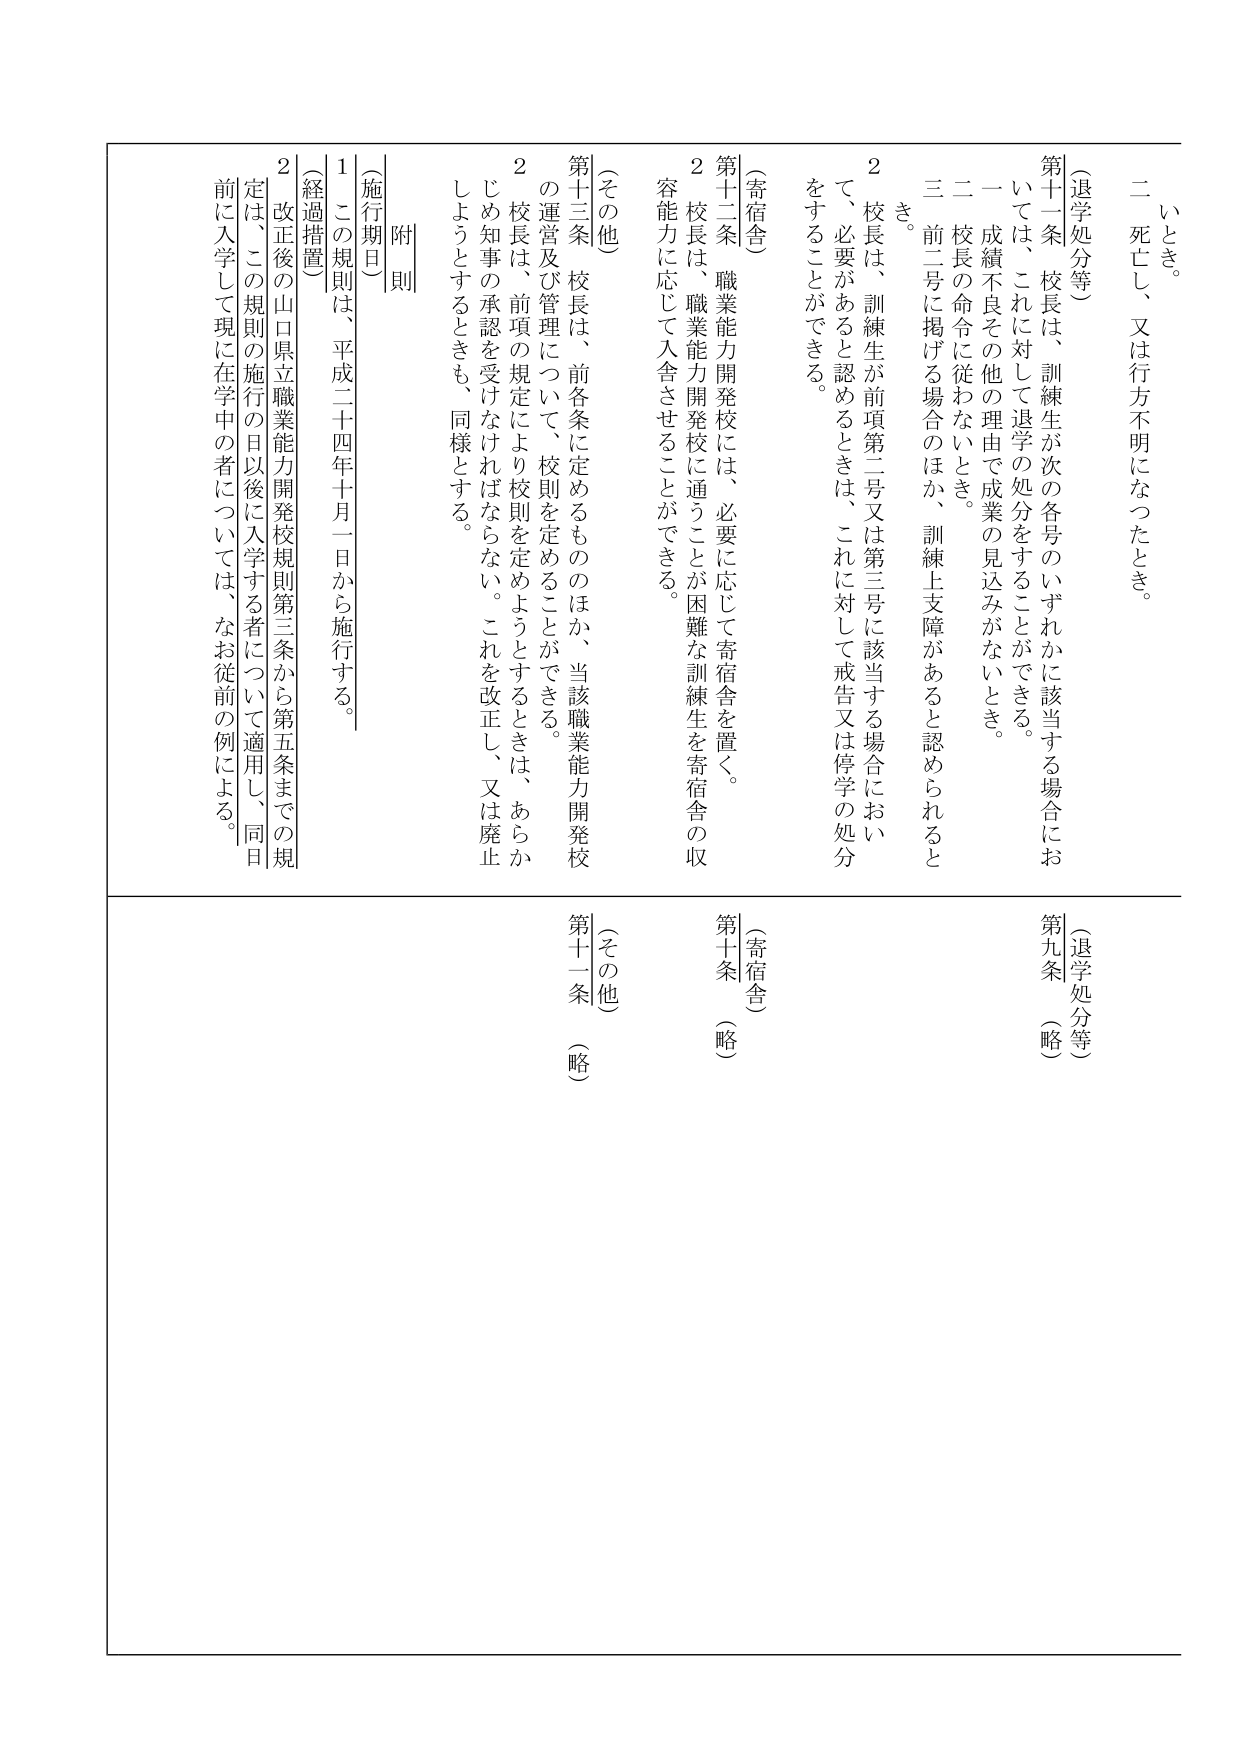
（退学処分等）
第十九条 （略）
（退学処分等）
第十一条 校長は、訓練生が次の各号のいずれかに該当する場合においては、これに対して退学の処分をすることができる。
一 成績不良その他の理由で成業の見込みがないとき。
二 校長の命令に従わないとき。
三 前二号に掲げる場合のほか、訓練上支障があると認められるとき。
２ 校長は、訓練生が前項第二号又は第三号に該当する場合において、必要があると認めるときは、これに対して戒告又は停学の処分をすることができる。

（寄宿舎）
第十二条 職業能力開発校には、必要に応じて寄宿舎を置く。
２ 校長は、職業能力開発校に通うことが困難な訓練生を寄宿舎の収容能力に応じて入舎させることができる。

（その他）
第十三条 校長は、前各条に定めるもののほか、当該職業能力開発校の運営及び管理について、校則を定めることができる。
２ 校長は、前項の規定により校則を定めようとするときは、あらかじめ知事の承認を受けなければならない。これを改正し、又は廃止しようとするときも、同様とする。

附則
（施行期日）
１ この規則は、平成二十四年十月一日から施行する。
（経過措置）
２ 改正後の山口県立職業能力開発校規則第三条から第五条までの規定は、この規則の施行の日以後に入学する者について適用し、同日前に入学して現在在学中の者については、なお従前の例による。

（寄宿舎）
第十条 （略）
（その他）
第十一条 （略）